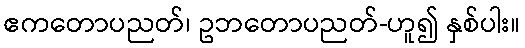
ဧကတောပညတ်၊ ဥဘတောပညတ်-ဟူ၍ နှစ်ပါး။